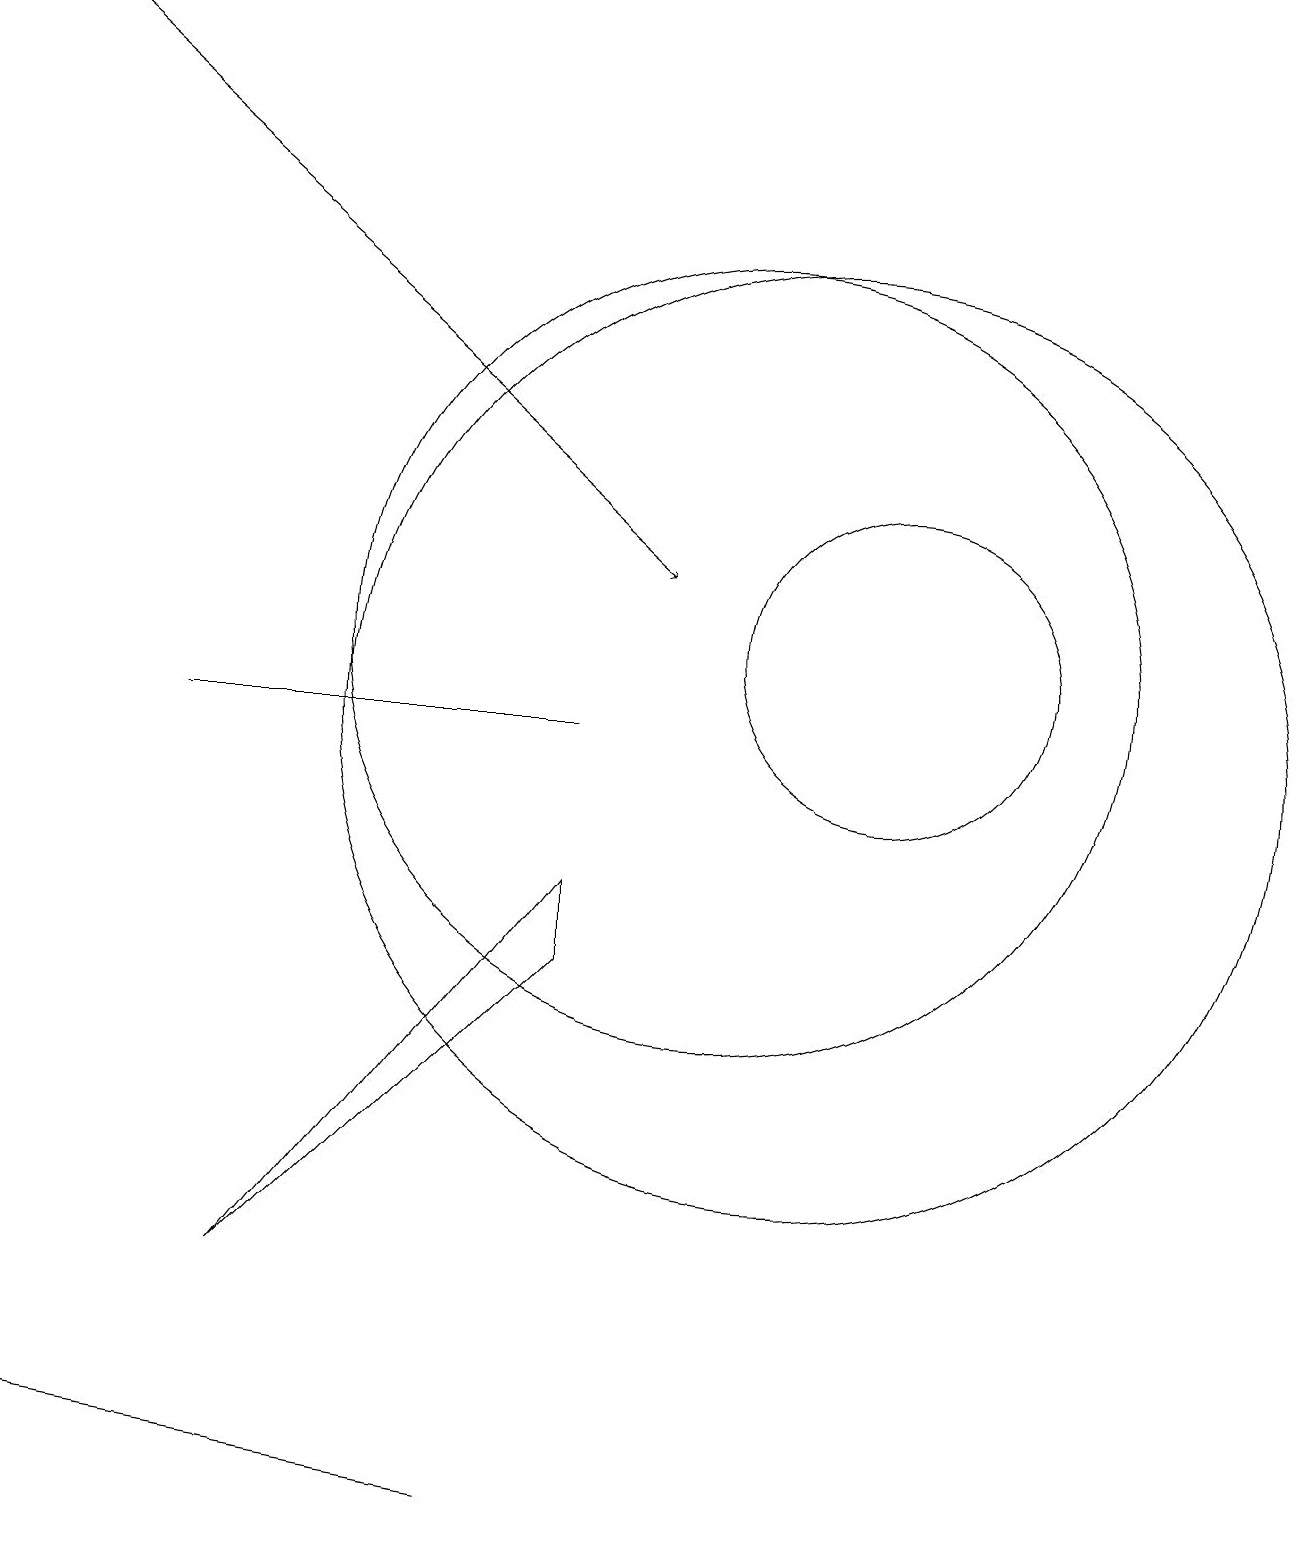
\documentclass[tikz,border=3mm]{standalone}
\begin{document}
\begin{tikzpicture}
\draw (11,10) circle (6);
\draw[->] (1,19) -- (9,12);
\draw (12,11) circle (2);
\draw (10,11) circle (5);
\draw (8,8) -- (4,3) -- (8,7) -- cycle;
\draw (7,0) -- (7,0) -- (1,1) -- cycle;
\draw (8,10) rectangle (3,10);
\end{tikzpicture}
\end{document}